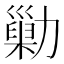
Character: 𠢶